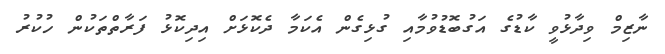
ނާޒިމް ވިދާޅުވީ ކާޑުގެ އަގުބޮޑުވުމާއި ގުޅިގެން އެކަމާ ދެކޮޅަށް އިދިކޮޅު ފަރާތްތަކުން ހުކުރު